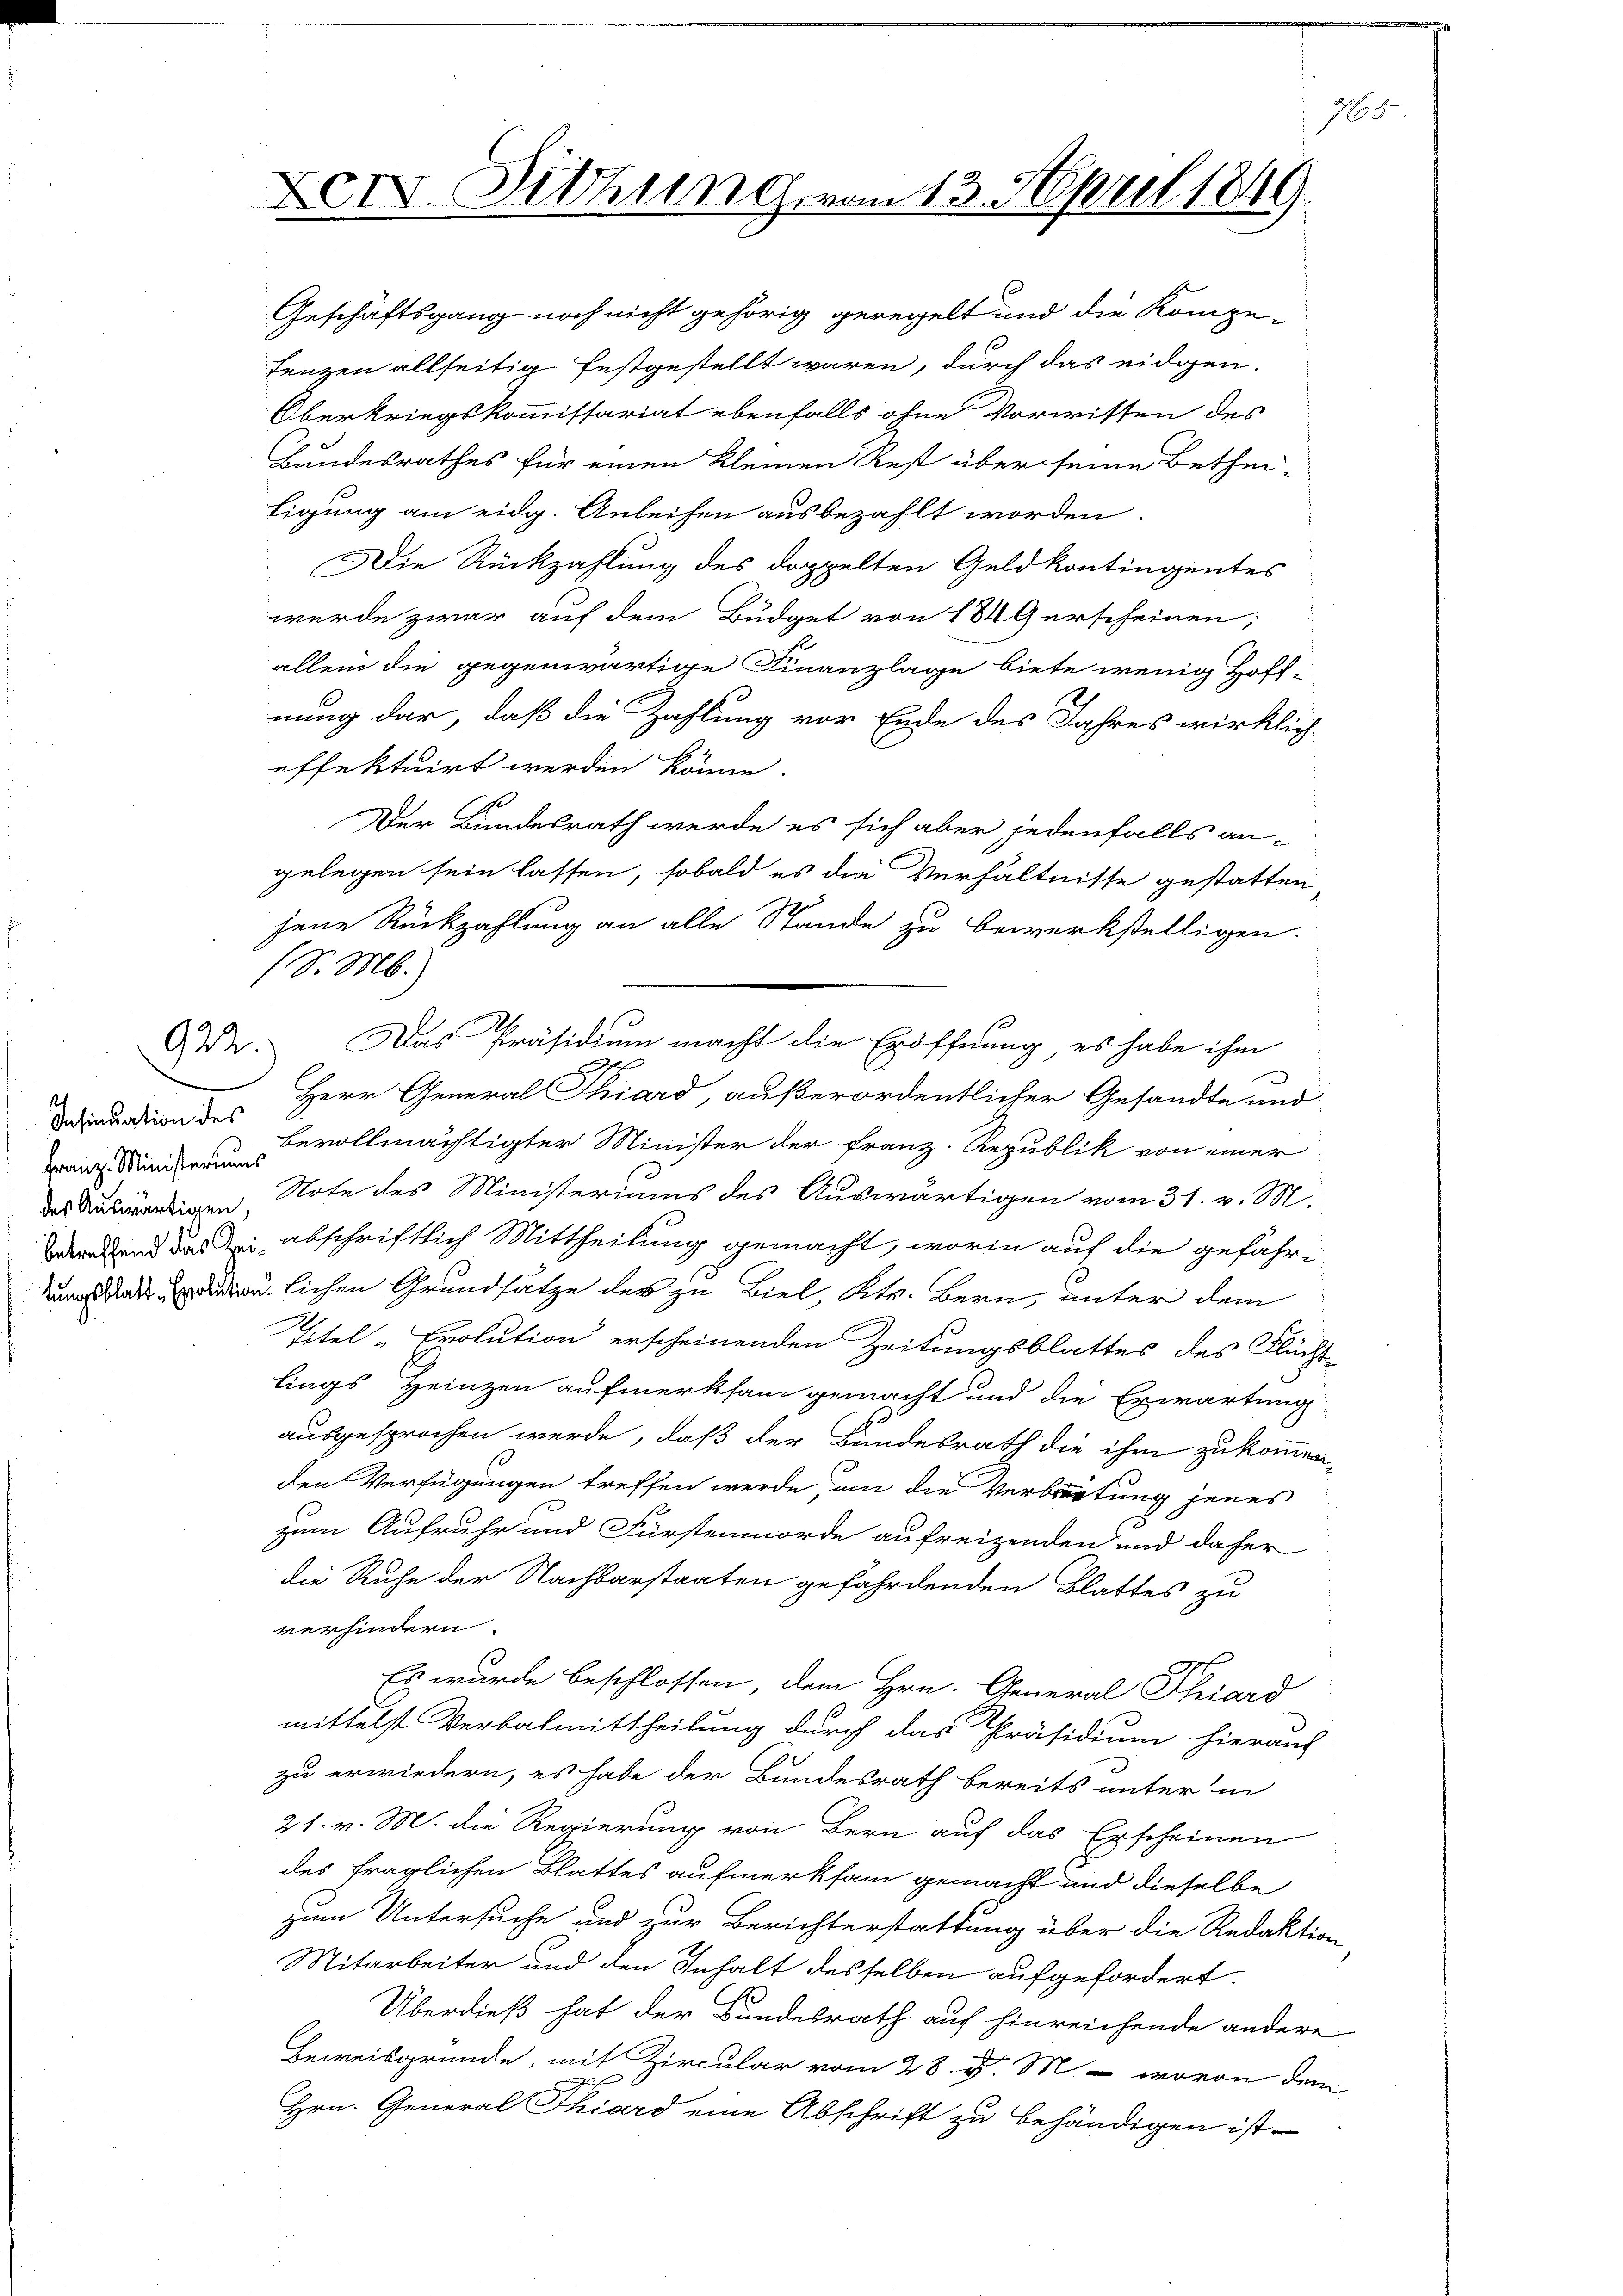
Insinuation des
Franz Ministeriums
des Auswärtigen,

922.

Die Rückzahlung des doppelten Geldkontingentes
wurde zwar auf dem Budget von 1849 erscheinen;
allein die gegenwärtige Finanzlage biete wenig Hoff-
nung dar, daß die Zahlung vor Ende des Jahres wirklich
effektuirt werden könne.
Der Bundesrath werde es sich aber jedenfalls an-
gelegen sein lassen, sobald es die Verhältnisse gestatten,
jene Rückzahlung an alle Stande zu bewerkstelligen.
A
9
Herr General Chiard, außerordentlicher Gesandte und
bevollmächtigter Minister der Franz. Republik von einer
Note des Ministeriums des Auswärtigen vom 31. v. M.
erend das in abschriftlich Mittheilung gemacht, worin auf die gefährnlichen Grundsätze des zu Biel, Kts. Bern, unter dem
Titel „Evolution erscheinenden Zeitungsblattes des Flücht
lings Heinzen aufmerksam gemacht und die Erwartung
ausgesprochen werde, daß der Bundesrath die ihm zukommen,
den Verfügungen treffen werde, um die Verbreitung jenes
zum Aufruhr und Fürstenmorde aufreizenden und daher
die Ruhe der Nachbarstaaten gefährdenden Blattes zu
verhindern.
Es wurde beschlossen, dem Hrn. General Phiard
mittelst Verbalmittheilung durch das Präsidium hieraus
zu erwiedern, es habe der Bundesrath bereits unter in
21. v. M. die Regierung von Bern auf das Erscheinen
des fraglichen Blattes aufmerksam gemacht und dieselbe
zum Untersuche und zur Berichterstattung über die Redaktion
Mitarbeiter und den Inhalt desselben aufgefordert.
Überdieß hat der Bundesrath auf hinreichende andere
Beweisgründe, mit Zircular vom 28. d. M - wovon dem
Hrn. General Thiard eine Abschrift zu behändigen ist.

Geschäftsgang noch nicht gehörig geregelt und die Kompe¬
Lenzen allseitig festgestellt waren, durch das eidgen.
Oberkriegskommissariat ebenfalls ohne Vorwissen des
Bundesrathes für einen kleinen Rest über seine Bethei-
ligung am eidg. Anleihen ausbezahlt worden.

XIV. Diehung vom 13. April 1849.

(S. M.)

Das Präsidium macht die Eröffnung es habe ihm

1665